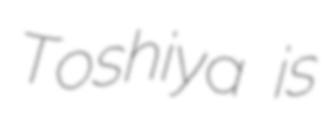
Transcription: Toshiya is